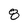
Character: 8